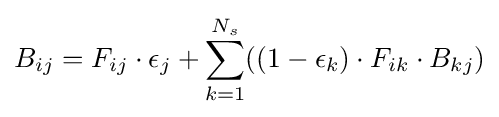
B_{ij}=F_{ij}\cdot \epsilon _{j}+\sum _{k=1}^{N_{s}}((1-\epsilon _{k})\cdot F_{ik}\cdot B_{kj})